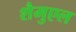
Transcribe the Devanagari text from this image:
शैमुएल